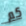
كم